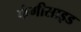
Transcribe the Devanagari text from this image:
फंगीसाइड